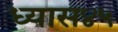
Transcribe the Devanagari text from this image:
ध्यास४५